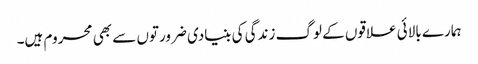
ہمارے بالائی علاقوں کے لوگ زندگی کی بنیادی ضرورتوں سے بھی محروم ہیں۔